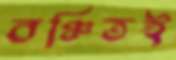
বঞ্চিতই